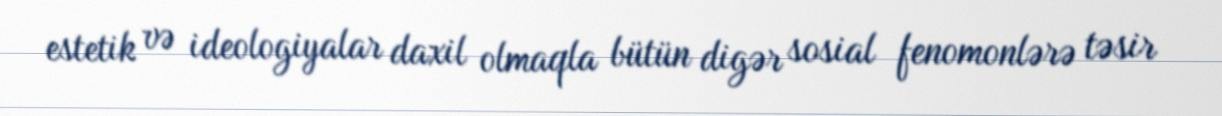
estetik və ideologiyalar daxil olmaqla bütün digər sosial fenomonlərə təsir